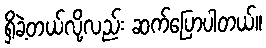
ရှိခဲ့တယ်လို့လည်း ဆက်ပြောပါတယ်။